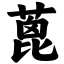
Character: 蓖